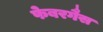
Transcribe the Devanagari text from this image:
फेबरगैस